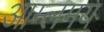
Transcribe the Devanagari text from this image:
आम्लमय